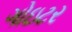
ગોઇટર